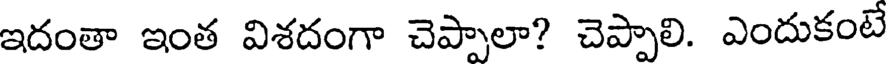
ఇదంతా ఇంత విశదంగా చెప్పాలా? చెప్పాలి. ఎందుకంటే